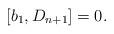
LaTeX: \begin{align*}[b_1,D_{n+1}]=0.\end{align*}